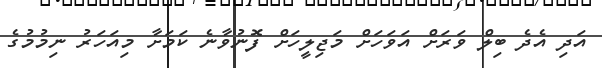
އަދި އެދެ ބިލް ވަރަށް އަވަހަށް މަޖިލީހަށް ފޮނުވާނެ ކަމަށާ މިއަހަރު ނިމުމުގެ